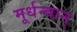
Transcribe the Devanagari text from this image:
मूर्धन्वान्‌